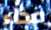
حذاء